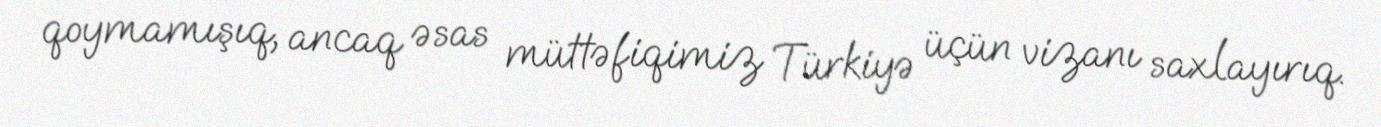
qoymamışıq, ancaq əsas müttəfiqimiz Türkiyə üçün vizanı saxlayırıq.